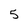
Character: 5